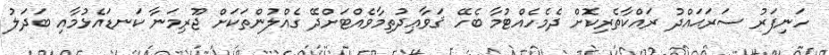
ހަނިފަރު ސަރަޙައްދު ރައްކާތެރިކޮށް ދެމެހެއްޓުމާ ބެހޭ ޤަވާޢިދުތިމާވެއްޓަށްދޭ ގެއްލުންތަކަށް ޖޫރިމަނާ ކަނޑައެޅުމާއި ބަދަލު